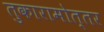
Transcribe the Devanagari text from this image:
तुकारामोत्तर